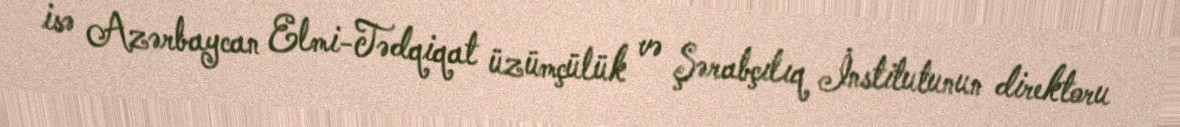
isə Azərbaycan Elmi-Tədqiqat üzümçülük və Şərabçılıq İnstitutunun direktoru